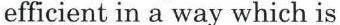
efficient in a way which is